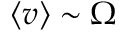
\left\langle v \right\rangle \sim \Omega